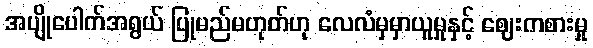
အပျိုပေါက်အရွယ် ပြုမည်မဟုတ်ဟု လေလံမှမှာယူမှုနှင့် ဈေးကစားမှု